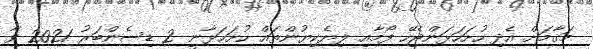
މަޤާމަށް އެދި ހުށަހަޅަންޖެހޭ ފޯމާއި ލިޔެކިޔުންތައް ހުށަހަޅާނީ 2 ޑިސެންބަރު 2021 ވާ